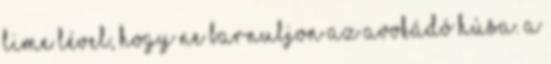
lime lével, hogy ne barnuljon az avokádó húsa. A